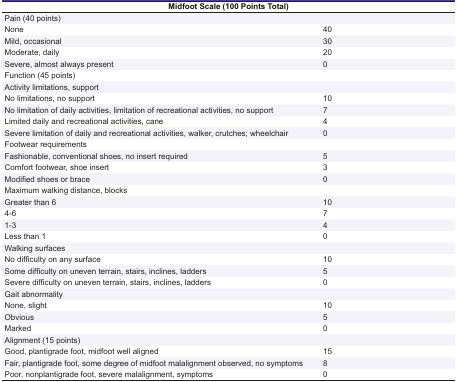
<table><thead><tr><td colspan="2"><b>Midfoot Scale (100 Points Total)</b></td></tr></thead><tbody><tr><td colspan="2"> Pain (40 points) </td></tr><tr><td> None </td><td> 40 </td></tr><tr><td> Mild, occasional </td><td> 30 </td></tr><tr><td> Moderate, daily </td><td> 20 </td></tr><tr><td> Severe, almost always present </td><td> 0 </td></tr><tr><td colspan="2"> Function (45 points) </td></tr><tr><td colspan="2"> Activity limitations, support </td></tr><tr><td> No limitations, no support </td><td> 10 </td></tr><tr><td> No limitation of daily activities, limitation of recreational activities, no support </td><td> 7 </td></tr><tr><td> Limited daily and recreational activities, cane </td><td> 4 </td></tr><tr><td> Severe limitation of daily and recreational activities, walker, crutches, wheelchair </td><td> 0 </td></tr><tr><td colspan="2"> Footwear requirements </td></tr><tr><td> Fashionable, conventional shoes, no insert required </td><td> 5 </td></tr><tr><td> Comfort footwear, shoe insert </td><td> 3 </td></tr><tr><td> Modified shoes or brace </td><td> 0 </td></tr><tr><td colspan="2"> Maximum walking distance, blocks </td></tr><tr><td> Greater than 6 </td><td> 10 </td></tr><tr><td> 4-6 </td><td> 7 </td></tr><tr><td> 1-3 </td><td> 4 </td></tr><tr><td> Less than 1 </td><td> 0 </td></tr><tr><td colspan="2"> Walking surfaces </td></tr><tr><td> No difficulty on any surface </td><td> 10 </td></tr><tr><td> Some difficulty on uneven terrain, stairs, inclines, ladders </td><td> 5 </td></tr><tr><td> Severe difficulty on uneven terrain, stairs, inclines, ladders </td><td> 0 </td></tr><tr><td colspan="2"> Gait abnormality </td></tr><tr><td> None, slight </td><td> 10 </td></tr><tr><td> Obvious </td><td> 5 </td></tr><tr><td> Marked </td><td> 0 </td></tr><tr><td colspan="2"> Alignment (15 points) </td></tr><tr><td> Good, plantigrade foot, midfoot well aligned </td><td> 15 </td></tr><tr><td> Fair, plantigrade foot, some degree of midfoot malalignment observed, no symptoms </td><td> 8 </td></tr><tr><td> Poor, nonplantigrade foot, severe malalignment, symptoms </td><td> 0 </td></tr></tbody></table>